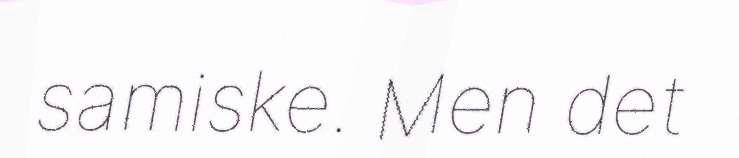
samiske. Men det